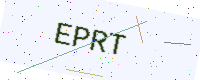
Text: EPRT